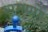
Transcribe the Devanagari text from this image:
समणों